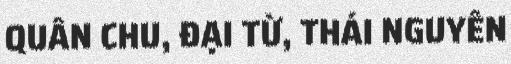
QUÂN CHU, ĐẠI TỪ, THÁI NGUYÊN